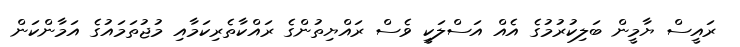
ރައީސް ޔާމީން ބަލިކުރުމުގެ އެއް އަސްލަކީ ވެސް ރައްޔިތުންގެ ރައްކާތެރިކަމާއި މުޖުތަމައުގެ އަމާންކަން